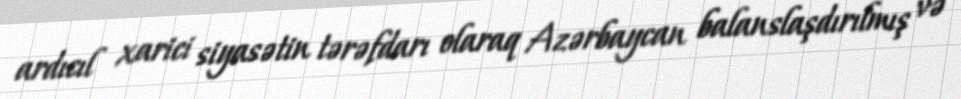
ardıcıl xarici siyasətin tərəfdarı olaraq Azərbaycan balanslaşdırılmış və